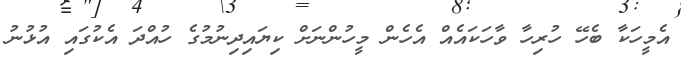
އެމީހަކާ ބެހޭ ހުރިހާ ވާހަކައެއް އެހެން މީހުންނަށް ކިޔައިދިނުމުގެ ހުއްދަ އެކުގައި އުޅުނު